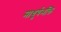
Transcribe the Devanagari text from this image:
माधुर्यभक्ति